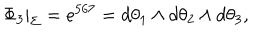
\Phi _ { 3 } | _ { \Sigma } = e ^ { 5 6 7 } = d \theta _ { 1 } \wedge d \theta _ { 2 } \wedge d \theta _ { 3 } ,